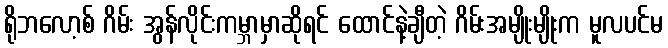
ရိုဘလော့စ် ဂိမ်း အွန်လိုင်းကမ္ဘာမှာဆိုရင် ထောင်နဲ့ချီတဲ့ ဂိမ်းအမျိုးမျိုးက မူလပင်မ